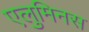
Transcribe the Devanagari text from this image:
एलुमिनस